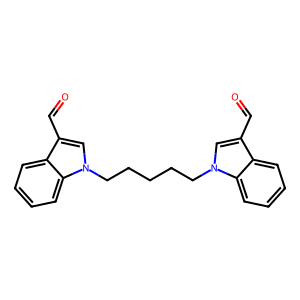
SMILES: O=Cc1cn(CCCCCn2cc(C=O)c3ccccc32)c2ccccc12
Inhibits HIV replication: No